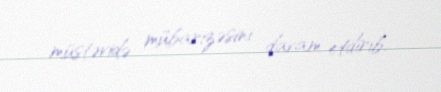
müstəvidə mübarizəsini davam etdirib.